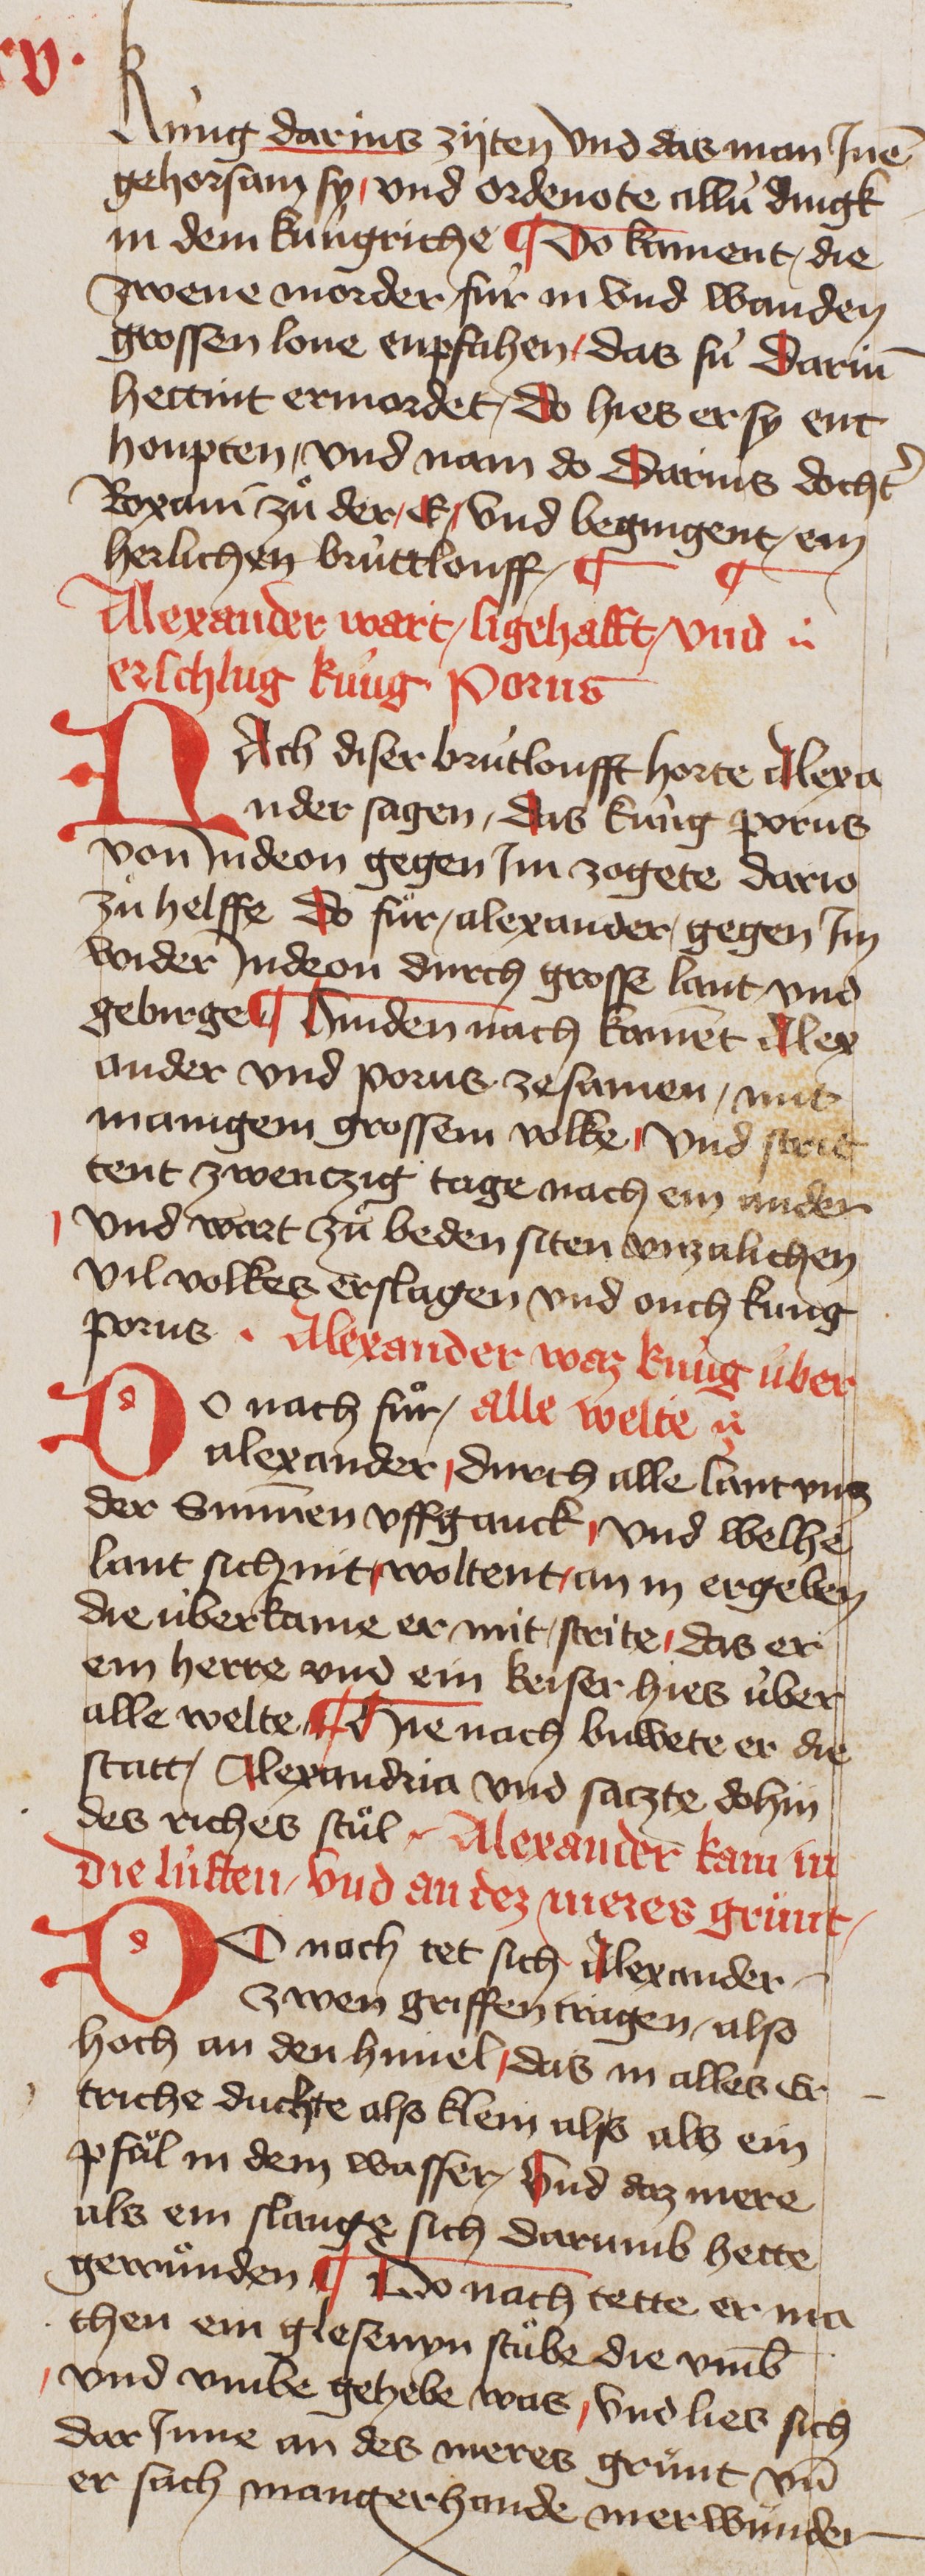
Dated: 1400–1449